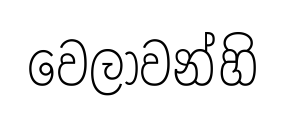
වෙලාවන්හි